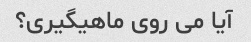
آیا می روی ماهیگیری؟